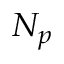
N _ { p }